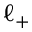
\ell _ { + }